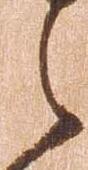
之